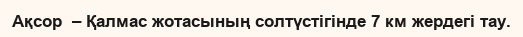
Ақсор  – Қалмас жотасының солтүстігінде 7 км жердегі тау.